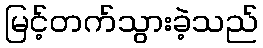
မြင့်တက်သွားခဲ့သည်